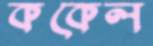
ককেল